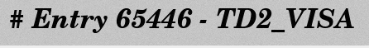
# Entry 65446 - TD2_VISA